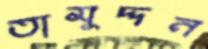
তামুদ্দন